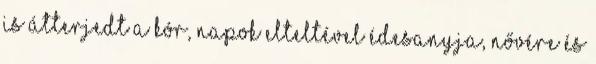
is átterjedt a kór, napok elteltével édesanyja, nővére és